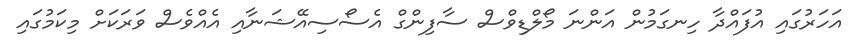
އަހަރުގައި އުފައްދާ ހިނގަމުން އަންނަ މޯލްޑިވްސް ސާފިންގް އެސޯސިއޭޝަނާއި އެއްވެސް ވަރަކަށް މިކަމުގައި